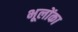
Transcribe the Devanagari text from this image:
भूलोंका